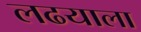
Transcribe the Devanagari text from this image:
लढयाला